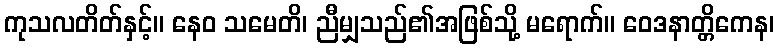
ကုသလတိတ်နှင့်။ နေဝ သမေတိ၊ ညီမျှသည်၏အဖြစ်သို့ မရောက်။ ဝေဒနာတ္တိကေန၊